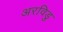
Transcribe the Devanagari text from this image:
अरविडु